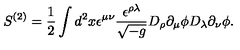
S ^ { ( 2 ) } = \frac { 1 } { 2 } \int d ^ { 2 } x \epsilon ^ { \mu \nu } \frac { \epsilon ^ { \rho \lambda } } { \sqrt { - g } } D _ { \rho } \partial _ { \mu } \phi D _ { \lambda } \partial _ { \nu } \phi .